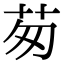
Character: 茐